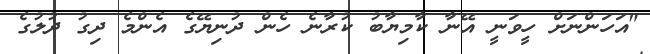
"އަހަންނަށް ހީވަނީ އޭނާ ކާމިޔާބު ކުރާނެ ހެން ދުނިޔޭގެ އެންމެ ދިގު ދުލުގެ